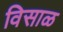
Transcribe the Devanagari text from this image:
विसाळ